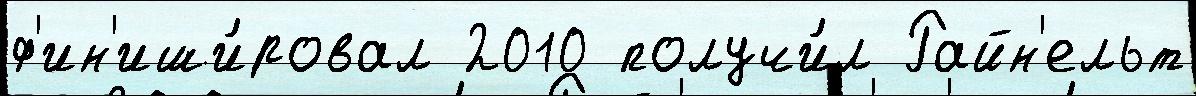
ф'ин'иши́ровал 2010 получи́л Райн'ельт